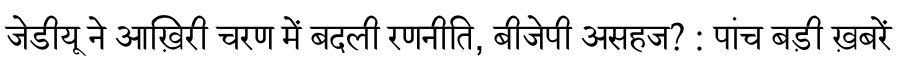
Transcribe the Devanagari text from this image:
जेडीयू ने आख़िरी चरण में बदली रणनीति, बीजेपी असहज? : पांच बड़ी ख़बरें